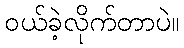
ဝယ်ခဲ့လိုက်တာပဲ။